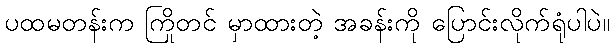
ပထမတန်းက ကြိုတင် မှာထားတဲ့ အခန်းကို ပြောင်းလိုက်ရုံပါပဲ။